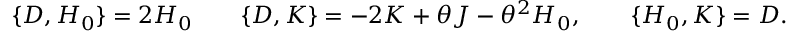
\{ { \cal D } , { \cal H } _ { 0 } \} = 2 { \cal H } _ { 0 } \qquad \{ { \cal D } , { \cal K } \} = - 2 { \cal K } + \theta { \cal J } - \theta ^ { 2 } { \cal H } _ { 0 } , \qquad \{ { \cal H } _ { 0 } , { \cal K } \} = { \cal D } .